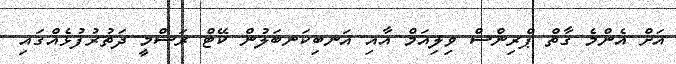
އަށް އެންމެ ގާތް ޕްރިންސް ވިލިއަމް އާއި އަނބިކަނބަލުން ކޭޓް ރަސްމީ ދަތުރުފުޅެއްގައި